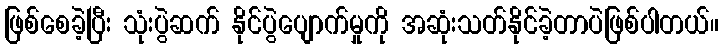
ဖြစ်စေခဲ့ပြီး သုံးပွဲဆက် နိုင်ပွဲပျောက်မှုကို အဆုံးသတ်နိုင်ခဲ့တာပဲဖြစ်ပါတယ်။